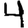
Digit: 4